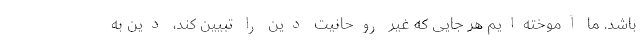
باشد. ما آموخته‌ایم هر جایی که غیر روحانیت دین را تبیین کند، دین به